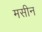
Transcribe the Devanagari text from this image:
मसीन